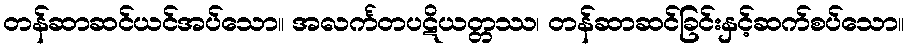
တန်ဆာဆင်ယင်အပ်သော။ အလင်္ကတပဋိယတ္တဿ၊ တန်ဆာဆင်ခြင်းနှင့်ဆက်စပ်သော။